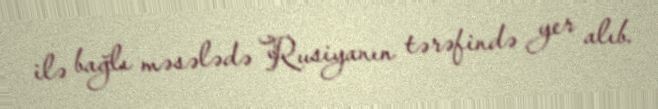
ilə bağlı məsələdə Rusiyanın tərəfində yer alıb.